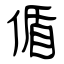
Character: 偱